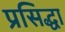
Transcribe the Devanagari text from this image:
प्रसिद्धा